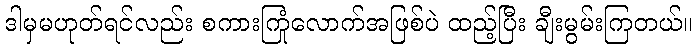
ဒါမှမဟုတ်ရင်လည်း စကားကြုံလောက်အဖြစ်ပဲ ထည့်ပြီး ချီးမွမ်းကြတယ်။